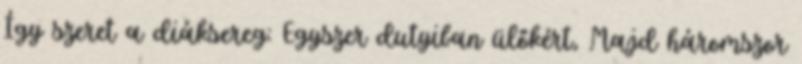
Így szeret a diáksereg: Egyszer dutyiban ülőkért, Majd háromszor